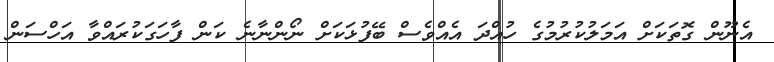
އެނޫން ގޮތަކަށް އަމަލުކުރުމުގެ ހުއްދަ އެއްވެސް ބޭފުޅަކަށް ނޯންނާނެ ކަން ފާހަގަކުރައްވާ އަހްސަން